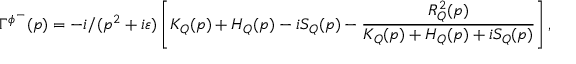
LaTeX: \Gamma ^ { \phi ^ { - } } ( p ) = - i / ( p ^ { 2 } + i \varepsilon ) \left[ K _ { Q } ( p ) + H _ { Q } ( p ) - i S _ { Q } ( p ) - \frac { R _ { Q } ^ { 2 } ( p ) } { K _ { Q } ( p ) + H _ { Q } ( p ) + i S _ { Q } ( p ) } \right] ,